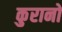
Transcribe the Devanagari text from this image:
कुरानों